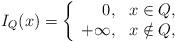
LaTeX: \begin{align*}I_Q(x)=\left\{\begin{array}{rl} 0,&x\in Q,\\+\infty,& x\notin Q,\end{array} \right. \end{align*}